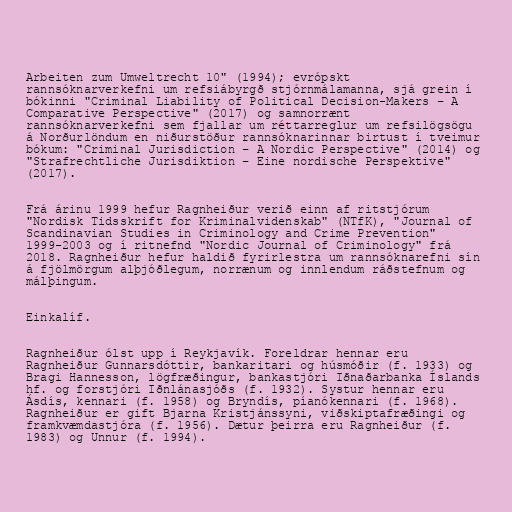
Arbeiten zum Umweltrecht 10" (1994); evrópskt
rannsóknarverkefni um refsiábyrgð stjórnmálamanna, sjá grein í
bókinni "Criminal Liability of Political Decision-Makers – A
Comparative Perspective" (2017) og samnorrænt
rannsóknarverkefni sem fjallar um réttarreglur um refsilögsögu
á Norðurlöndum en niðurstöður rannsóknarinnar birtust í tveimur
bókum: "Criminal Jurisdiction – A Nordic Perspective" (2014) og
"Strafrechtliche Jurisdiktion – Eine nordische Perspektive"
(2017).

Frá árinu 1999 hefur Ragnheiður verið einn af ritstjórum
"Nordisk Tidsskrift for Kriminalvidenskab" (NTfK), "Journal of
Scandinavian Studies in Criminology and Crime Prevention"
1999-2003 og í ritnefnd "Nordic Journal of Criminology" frá
2018. Ragnheiður hefur haldið fyrirlestra um rannsóknarefni sín
á fjölmörgum alþjóðlegum, norrænum og innlendum ráðstefnum og
málþingum.

Einkalíf.

Ragnheiður ólst upp í Reykjavík. Foreldrar hennar eru
Ragnheiður Gunnarsdóttir, bankaritari og húsmóðir (f. 1933) og
Bragi Hannesson, lögfræðingur, bankastjóri Iðnaðarbanka Íslands
hf. og forstjóri Iðnlánasjóðs (f. 1932). Systur hennar eru
Ásdís, kennari (f. 1958) og Bryndís, píanókennari (f. 1968).
Ragnheiður er gift Bjarna Kristjánssyni, viðskiptafræðingi og
framkvæmdastjóra (f. 1956). Dætur þeirra eru Ragnheiður (f.
1983) og Unnur (f. 1994).